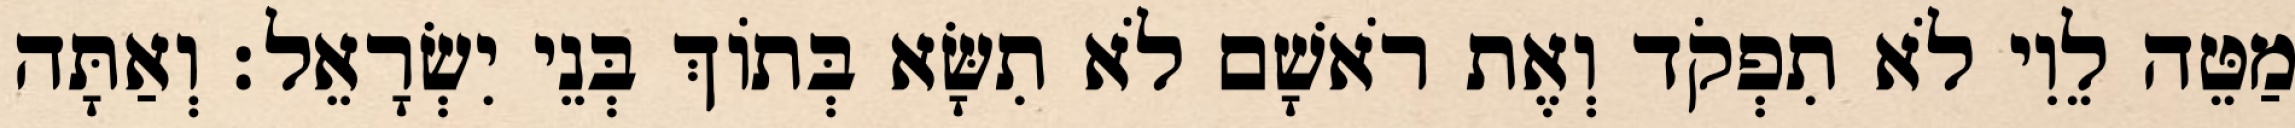
מַטֵּה לֵוִי לֹא תִפְקֹד וְאֶת רֹאשָׁם לֹא תִשָּׂא בְּתוֹךְ בְּנֵי יִשְׂרָאֵל׃ וְאַתָּה